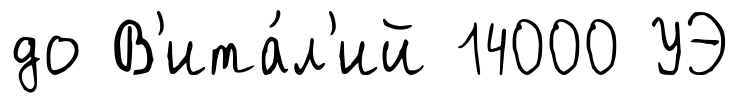
до В'ита́л'ий 14000 УЭ